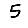
Digit: 5